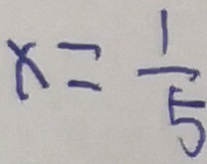
x = \frac { 1 } { 5 }